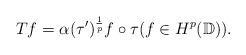
LaTeX: \begin{align*}Tf = \alpha(\tau')^{\frac{1}{p}}f \circ \tau (f\in H^p({\mathbb{D}})).\end{align*}